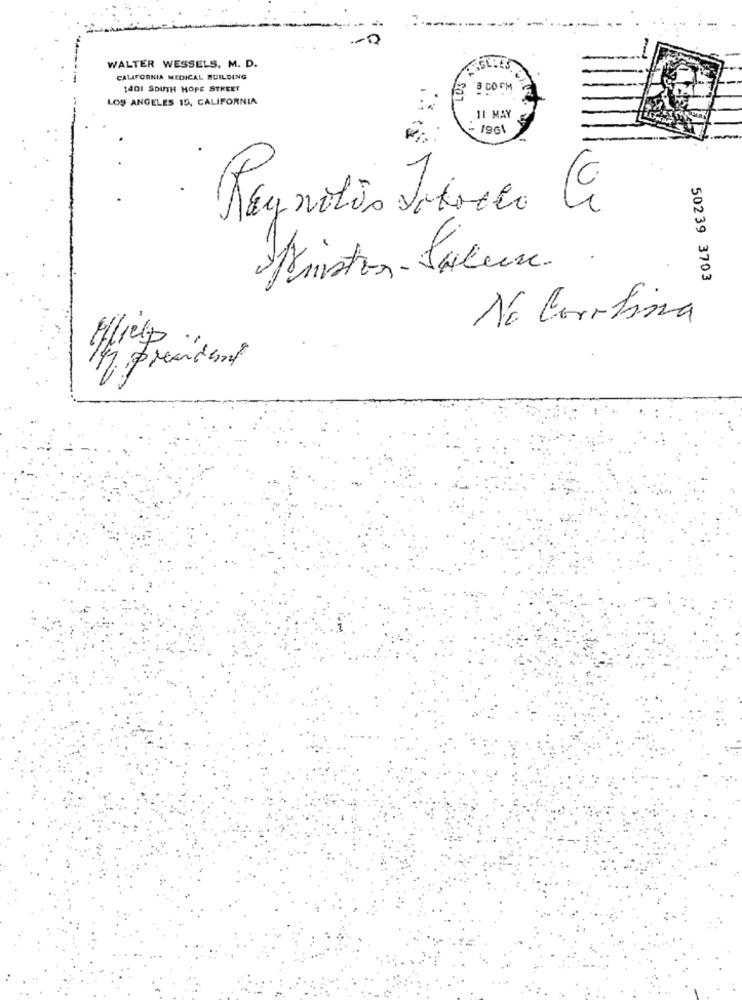
WALTER WESSELS. M. D.
CALIFORNIA MEDICAL BUILDING
1401 SOUTH HOPE STREET
LOS ANGELES 15, CALIFORNIA
11 MAY
1961
Reynolds Jotocco Ci
Apriston-Salen. .
50239 3703
Ná Cortina